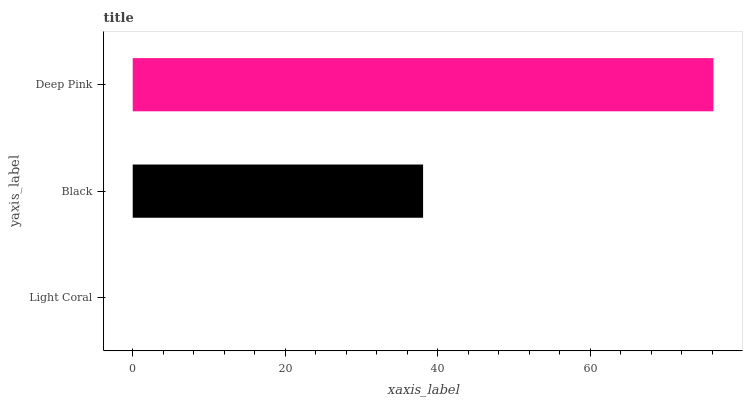
| yaxis_label | bars |
 | --- | --- |
 | Light Coral | 0 |
 | Black | 38.1 |
 | Deep Pink | 76.1 |